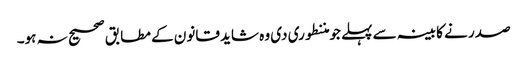
صدر نے کابینہ سے پہلے جو مننطوری دی وہ شاید قانون کے مطابق صحیح نہ ہو۔